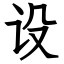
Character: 设